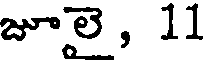
జూలై, 11